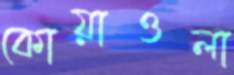
কোয়াওলা